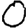
Digit: 0